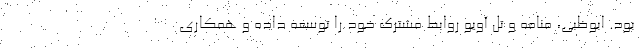
بود. ابوظبی، منامه و تل آویو روابط مشترک خود را توسعه داده و همکاری